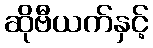
ဆိုဗီယက်နှင့်